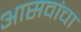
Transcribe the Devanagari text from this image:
आसवांचा